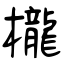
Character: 櫳